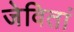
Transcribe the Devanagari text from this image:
जेवितां